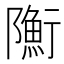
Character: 𨽇